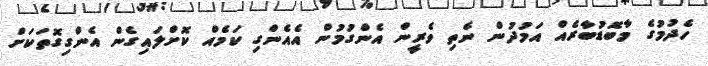
ހެދުމުގެ މާބޮޑުބާރެއް އަމުދުން ނެތި ވެރީން އެންގުމުން އެއެންގި ކަމެއް ކޮށްލައިގެން އެންގިގޮތަކަށް